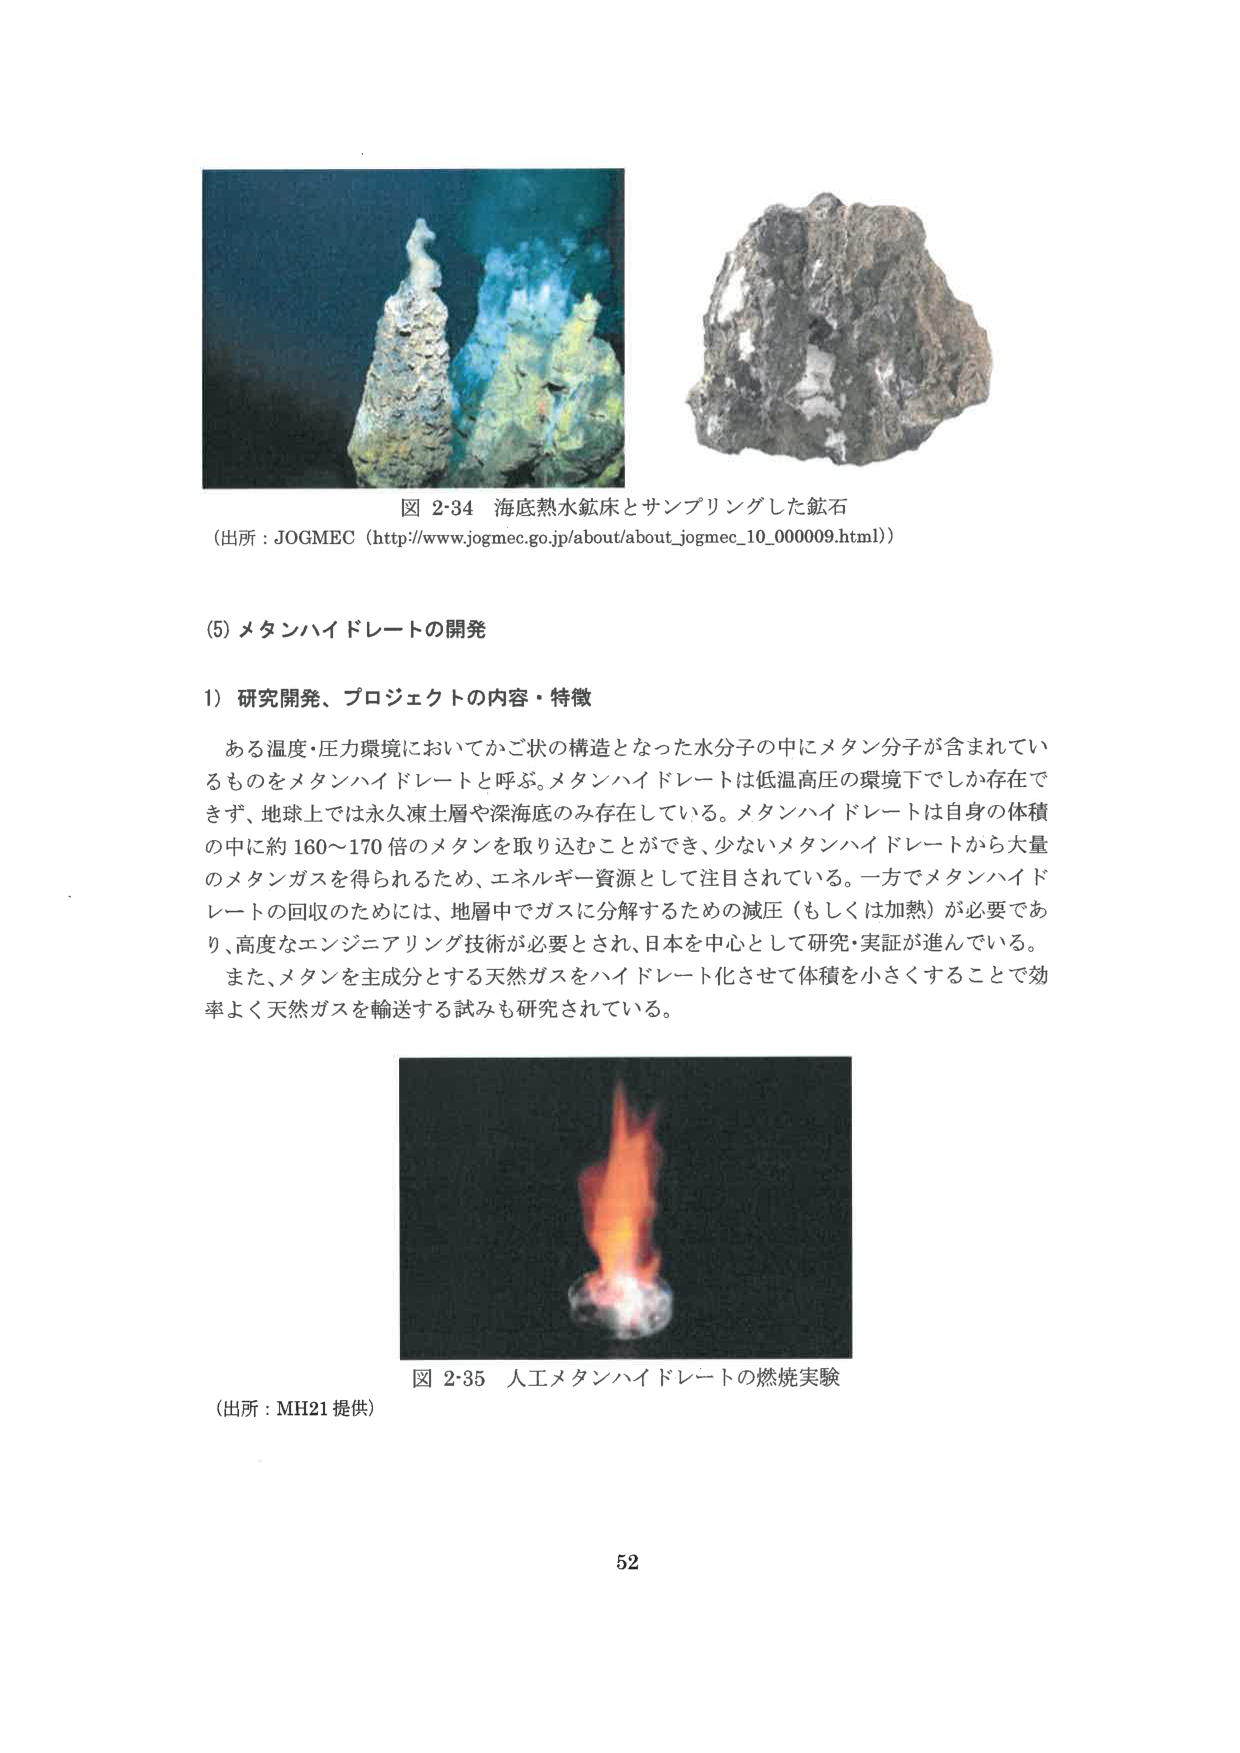
図 2-34 海底熱水鉱床とサンプリングした鉱石
（出所：JOGMEC（http://www.jogmec.go.jp/about/about_jogmec_10_000009.html））

(5) メタンハイドレートの開発

1) 研究開発、プロジェクトの内容・特徴

ある温度・圧力環境においてかご状の構造となった水分子の中にメタン分子が含まれているものをメタンハイドレートと呼ぶ。メタンハイドレートは低温高圧の環境下でしか存在できず、地球上では永久凍土層や深海底のみ存在している。メタンハイドレートは自身の体積の中に約160～170倍のメタンを取り込むことができ、少ないメタンハイドレートから大量のメタンガスを得られるため、エネルギー資源として注目されている。一方でメタンハイドレートの回収のためには、地層中でガスに分解するための減圧（もしくは加熱）が必要であり、高度なエンジニアリング技術が必要とされ、日本を中心として研究・実証が進んでいる。

また、メタンを主成分とする天然ガスをハイドレート化させて体積を小さくすることで効率よく天然ガスを輸送する試みも研究されている。

図 2-35 人工メタンハイドレートの燃焼実験
（出所：MH21 提供）

52